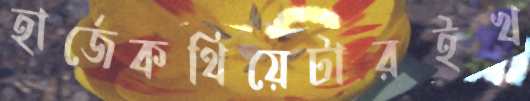
হার্জেকথিয়েটারইখ